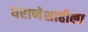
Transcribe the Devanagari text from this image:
घराणेशाहीला